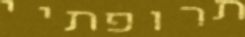
תרופתיי